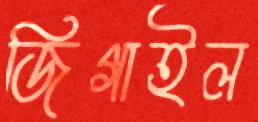
জিগাইল